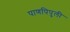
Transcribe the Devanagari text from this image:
पाणपिपुली